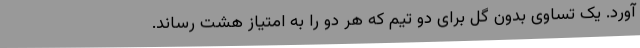
آورد. یک تساوی بدون گل برای دو تیم که هر دو را به امتیاز هشت رساند.